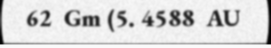
62  Gm (5. 4588  AU